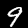
Digit: 9